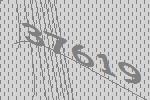
37619